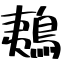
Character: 鴺